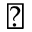
\triangledown